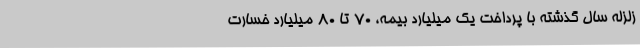
زلزله سال گذشته با پرداخت یک میلیارد بیمه، 70 تا 80 میلیارد خسارت